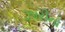
ઝારીનો